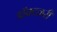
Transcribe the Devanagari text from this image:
डॉक्टळरी